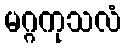
မဂ္ဂကုသလံ